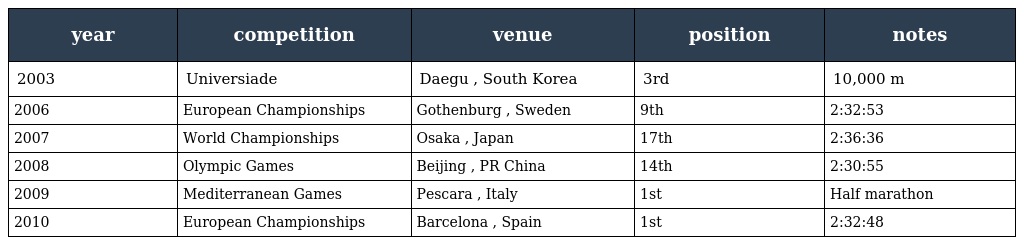
| year | competition | venue | position | notes |
 | --- | --- | --- | --- | --- |
 | 2003 | Universiade | Daegu , South Korea | 3rd | 10,000 m |
 | 2006 | European Championships | Gothenburg , Sweden | 9th | 2:32:53 |
 | 2007 | World Championships | Osaka , Japan | 17th | 2:36:36 |
 | 2008 | Olympic Games | Beijing , PR China | 14th | 2:30:55 |
 | 2009 | Mediterranean Games | Pescara , Italy | 1st | Half marathon |
 | 2010 | European Championships | Barcelona , Spain | 1st | 2:32:48 |